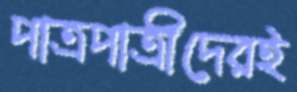
পাত্রপাত্রীদেরই